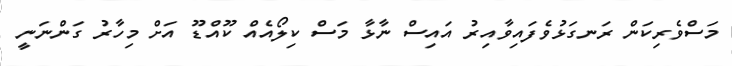
މަސްވެރިކަން ރަނގަޅުވެފައިވާއިރު އައިސް ނާޅާ މަސް ކިލޯއެއް ކޫއްޑޫ އަށް މިހާރު ގަންނަނީ